Annual report on the working of the lock hospitals in the Central Provinces
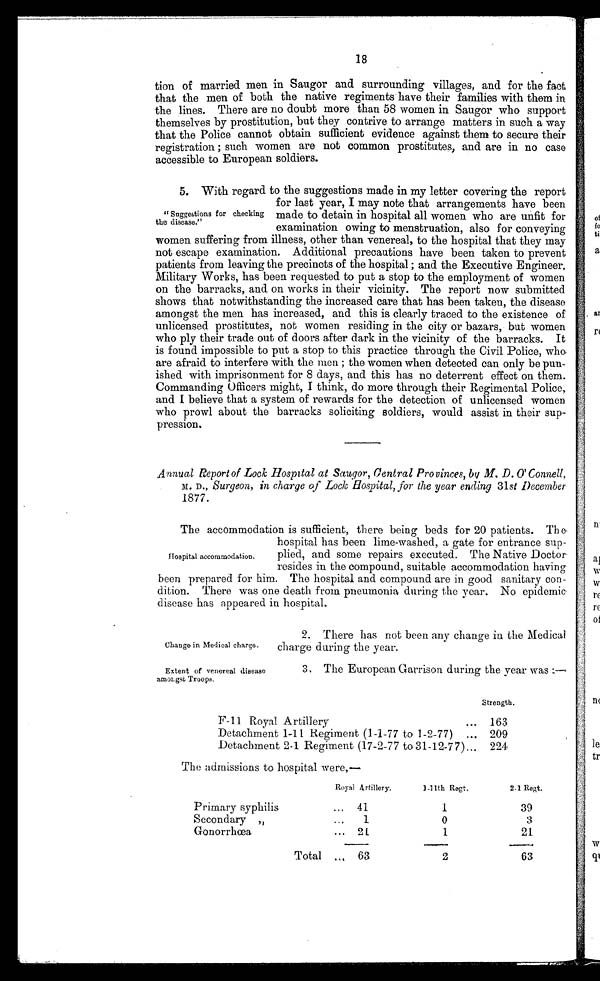
Change in Medical charge.
Extent of venereal disease
amot gst Troops.
18
tion of married men in Saugor and surrounding villages, and for the fact
that the men of both the native regiments have their families with them in
the lines. There are no doubt more than 58 women in Saugor who support
themselves by prostitution, but they contrive to arrange matters in such a way
that the Police cannot obtain sufficient evidence against them to secure their
registration ; such women are not common prostitutes, and are in no case
accessible to European soldiers.
5. With regard to the suggestions made in my letter covering the report
for last year, I may note that arrangements have been
made to detain in hospital all women who are unfit for
examination owing to menstruation, also for conveying
women suffering from illness, other than venereal, to the hospital that they may
not escape examination. Additional precautions have been taken to prevent
patients from leaving the precincts of the hospital ; and the Executive Engineer,
Military Works, has been requested to put a stop to the employment of women
on the barracks, and on works in their vicinity. The report now submitted
shows that notwithstanding the increased care that has been taken, the disease
amongst the men has increased, and this is clearly traced to the existence of
unlicensed prostitutes, not women residing in the city or bazars, but women
who ply their trade out of doors after dark in the vicinity of the barracks. It
is found impossible to put a stop to this practice through the Civil Police, who
are afraid to interfere with the men ; the women when detected can only be pun-
ished with imprisonment for 8 days, and this has no deterrent effect on them.
Commanding Officers might, I think, do more through their Regimental Police,
and I believe that a system of rewards for the detection of unlicensed women
who prowl about the barracks soliciting soldiers, would assist in their sup-
pression.
Annual Report of Lock Hospital at Saugor, Central Provinces, by M. D. O' Connell,
M. D., Surgeon, in charge of Lock Hospital, for the year ending 31 st December
1877.
The accommodation is sufficient, there being beds for 20 patients. The
hospital has been lime-washed, a gate for entrance sup-
plied, and some repairs executed. The Native Doctor
resides in the compound, suitable accommodation having
been prepared for him. The hospital and compound are in good sanitary con-
dition. There was one death from pneumonia during the year. No epidemic
disease has appeared in hospital.
" Suggestions for checking
the disease."
Hospital accommodation.
2. There has not been any change in the Medical
charge during the year.
3. The European Garrison during the year was:—
Strength.
F-11 Royal Artillery
... 163
Detachment 1-11 .Regiment (1-1-77 to 1-2-77) ... 209
Detachment 2-1 Regiment (17-2-77 to 31-12-77)... 224
The admissions to hospital were,—
Royal Artillery.
1-11th Regt,
2.1 Regt.
Primary syphilis
... 41
1
39
Secondary ,,
...
1
0
3
Gonorrhœa
... 21
1
21
Total ... 63
2
63